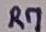
Text: R7